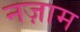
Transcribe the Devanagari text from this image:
नज़ाम